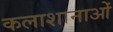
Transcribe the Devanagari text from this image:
कलाशानाओं